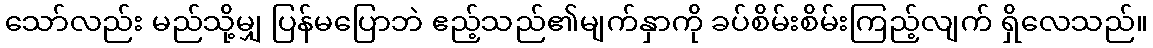
သော်လည်း မည်သို့မျှ ပြန်မပြောဘဲ ဧည့်သည်၏မျက်နှာကို ခပ်စိမ်းစိမ်းကြည့်လျက် ရှိလေသည်။